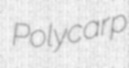
Polycarp